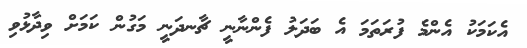
އެކަމަކު އެންމެ ފުރަތަމަ އެ ބަދަލު ފެންނާނީ ޗާނދަނީ މަގުން ކަމަށް ވިދާޅުވި